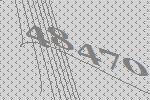
48470